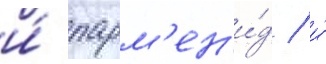
и́ парм'ен'и́д / и́